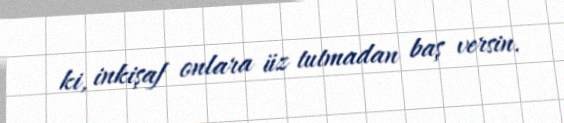
ki, inkişaf onlara üz tutmadan baş versin.